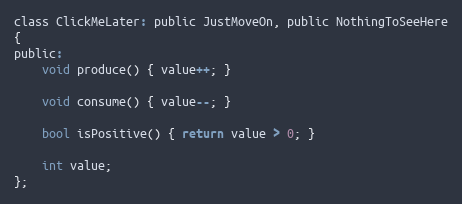
Language: C
class ClickMeLater: public JustMoveOn, public NothingToSeeHere
{
public:
	void produce() { value++; }

	void consume() { value--; }

	bool isPositive() { return value > 0; }

	int value;
};